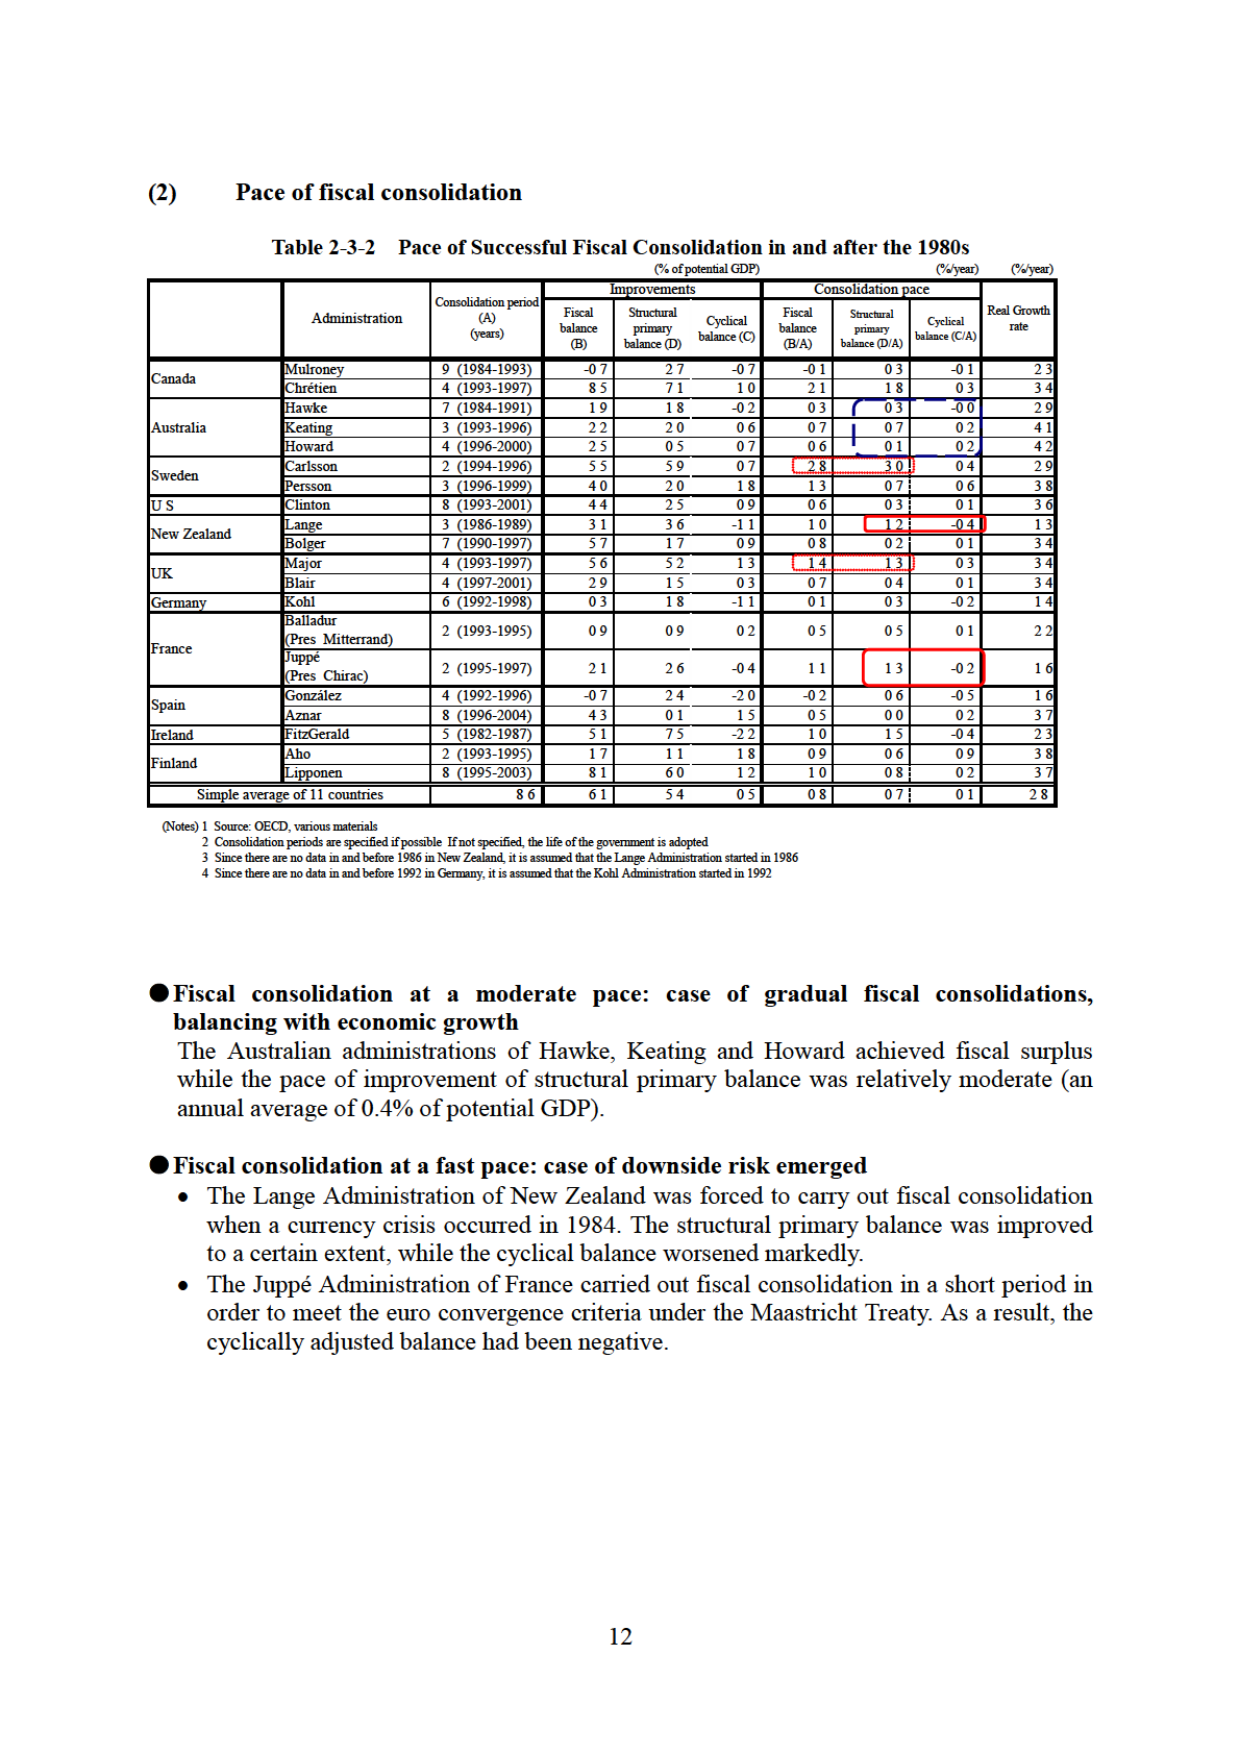
(2) Pace of fiscal consolidation

Table 2-3-2 Pace of Successful Fiscal Consolidation in and after the 1980s
(% of potential GDP) (%/year) (%/year)

Administration Consolidation period (A) (years) Improvements Consolidation pace Real Growth rate
Fiscal balance (B) Structural primary balance (D) Cyclical balance (C) Fiscal balance (B/A) Structural primary balance (D/A) Cyclical balance (C/A)

Canada Mulroney 9 (1984-1993) -0.7 2.7 -0.7 -0.1 0.3 -0.1 2.3
Chrétien 4 (1993-1997) 8.5 7.1 1.0 2.1 1.8 0.3 3.4
Australia Hawke 7 (1984-1991) 1.9 1.8 -0.2 0.3 0.3 -0.0 2.9
Keating 3 (1993-1996) 2.2 2.0 0.6 0.7 0.7 0.2 4.1
Howard 4 (1996-2000) 2.5 0.5 0.7 0.6 0.1 0.2 4.2
Sweden Carlsson 2 (1994-1996) 5.5 5.9 0.7 2.8 3.0 0.4 2.9
Persson 3 (1996-1999) 4.0 2.0 1.8 1.3 0.7 0.6 3.8
U S Clinton 8 (1993-2001) 4.4 2.5 0.9 0.6 0.3 0.1 3.6
New Zealand Lange 3 (1986-1989) 3.1 3.6 -1.1 1.0 1.2 -0.4 1.3
Bolger 7 (1990-1997) 5.7 1.7 0.9 0.8 0.2 0.1 3.4
UK Major 4 (1993-1997) 5.6 5.2 1.3 1.4 1.3 0.3 3.4
Blair 4 (1997-2001) 2.9 1.5 0.3 0.7 0.4 0.1 3.4
Germany Kohl 6 (1992-1998) 0.3 1.8 -1.1 0.1 0.3 -0.2 1.4
France Balladur (Pres Mitterrand) 2 (1993-1995) 0.9 0.9 0.2 0.5 0.5 0.1 2.2
Juppé (Pres Chirac) 2 (1995-1997) 2.1 2.6 -0.4 1.1 1.3 -0.2 1.6
Spain González 4 (1992-1996) -0.7 2.4 -2.0 -0.2 0.6 -0.5 1.6
Aznar 8 (1996-2004) 4.3 0.1 1.5 0.5 0.0 0.2 3.7
Ireland FitzGerald 5 (1982-1987) 5.1 7.5 -2.2 1.0 1.5 -0.4 2.3
Finland Aho 2 (1993-1995) 1.7 1.1 1.8 0.9 0.6 0.9 3.8
Lipponen 8 (1995-2003) 8.1 6.0 1.2 1.0 0.8 0.2 3.7
Simple average of 11 countries 8.6 6.1 5.4 0.5 0.8 0.7 0.1 2.8

(Notes) 1 Source: OECD, various materials
2 Consolidation periods are specified if possible. If not specified, the life of the government is adopted.
3 Since there are no data in and before 1986 in New Zealand, it is assumed that the Lange Administration started in 1986.
4 Since there are no data in and before 1992 in Germany, it is assumed that the Kohl Administration started in 1992.

● Fiscal consolidation at a moderate pace: case of gradual fiscal consolidations, balancing with economic growth
The Australian administrations of Hawke, Keating and Howard achieved fiscal surplus while the pace of improvement of structural primary balance was relatively moderate (an annual average of 0.4% of potential GDP).

● Fiscal consolidation at a fast pace: case of downside risk emerged
• The Lange Administration of New Zealand was forced to carry out fiscal consolidation when a currency crisis occurred in 1984. The structural primary balance was improved to a certain extent, while the cyclical balance worsened markedly.
• The Juppé Administration of France carried out fiscal consolidation in a short period in order to meet the euro convergence criteria under the Maastricht Treaty. As a result, the cyclically adjusted balance had been negative.

12